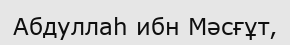
Абдуллаһ ибн Мәсғұт,